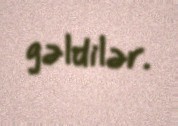
gəldilər.